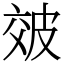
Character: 㿰